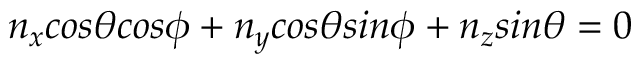
n _ { x } c o s \theta c o s \phi + n _ { y } c o s \theta s i n \phi + n _ { z } s i n \theta = 0